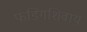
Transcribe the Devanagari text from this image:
फंडिंगशिवाय